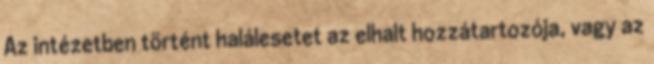
Az intézetben történt halálesetet az elhalt hozzátartozója, vagy az